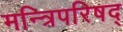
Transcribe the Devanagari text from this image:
मन्त्रिपरिषद्